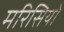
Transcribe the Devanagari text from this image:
मरिसियो